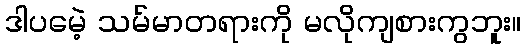
ဒါပမေဲ့ သမ်မာတရားကို မလိုကျစားကွဘူး။